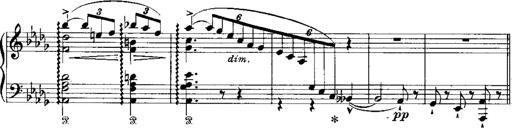
Title: RÃ©miniscences de 'Lucia di Lammermoor'
Composer: Franz Liszt